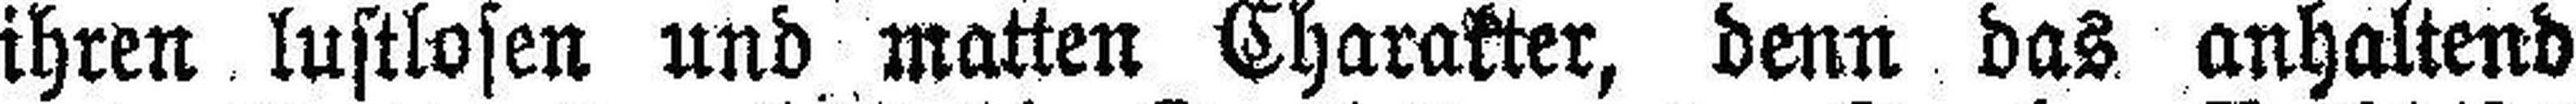
ihren lustlosen und matten Charakter, denn das anhaltend